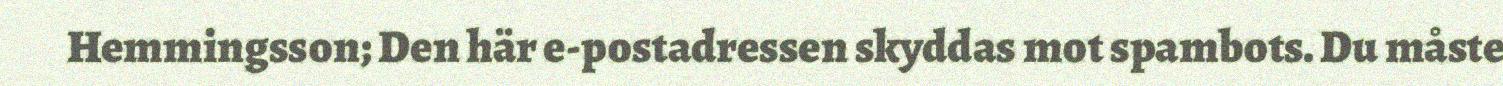
Hemmingsson; Den här e-postadressen skyddas mot spambots. Du måste